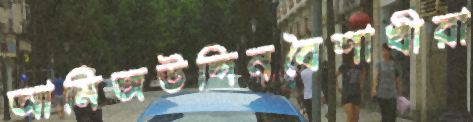
আমিজউদ্দিনবৈশাখীরা